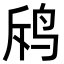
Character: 𪉄